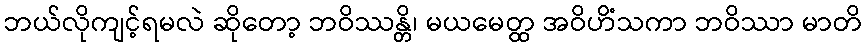
ဘယ်လိုကျင့်ရမလဲ ဆိုတော့ ဘဝိဿန္တိ၊ မယမေတ္ထ အဝိဟိံသကာ ဘဝိဿာ မာတိ